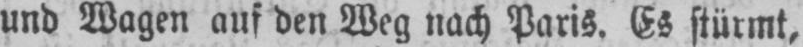
und Wagen auf den Weg nach Paris. Es stürmt,